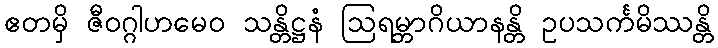
ဧတမှိ ဇီဝဂ္ဂါဟမေဝ သန္တိဋ္ဌနံ ဩရမ္ဘာဂိယာနန္တိ ဥပသင်္ကမိဿန္တိ